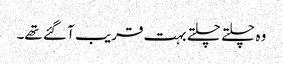
وہ چلتے چلتے بہت قریب آ گئے تھے۔